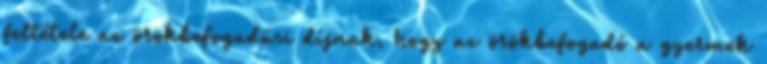
feltétele az örökbefogadási díjnak, hogy az örökbefogadó a gyermek